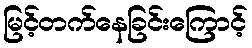
မြင့်တက်နေခြင်းကြောင့်